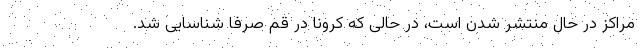
مراکز در حال منتشر شدن است، در حالی که کرونا در قم صرفا شناسایی شد.